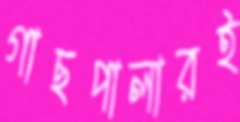
গাছপালারই